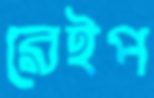
রেইপ